65_HS1-834228961_62-HQ-83894_Section_6
Agency: FBI
Page 253
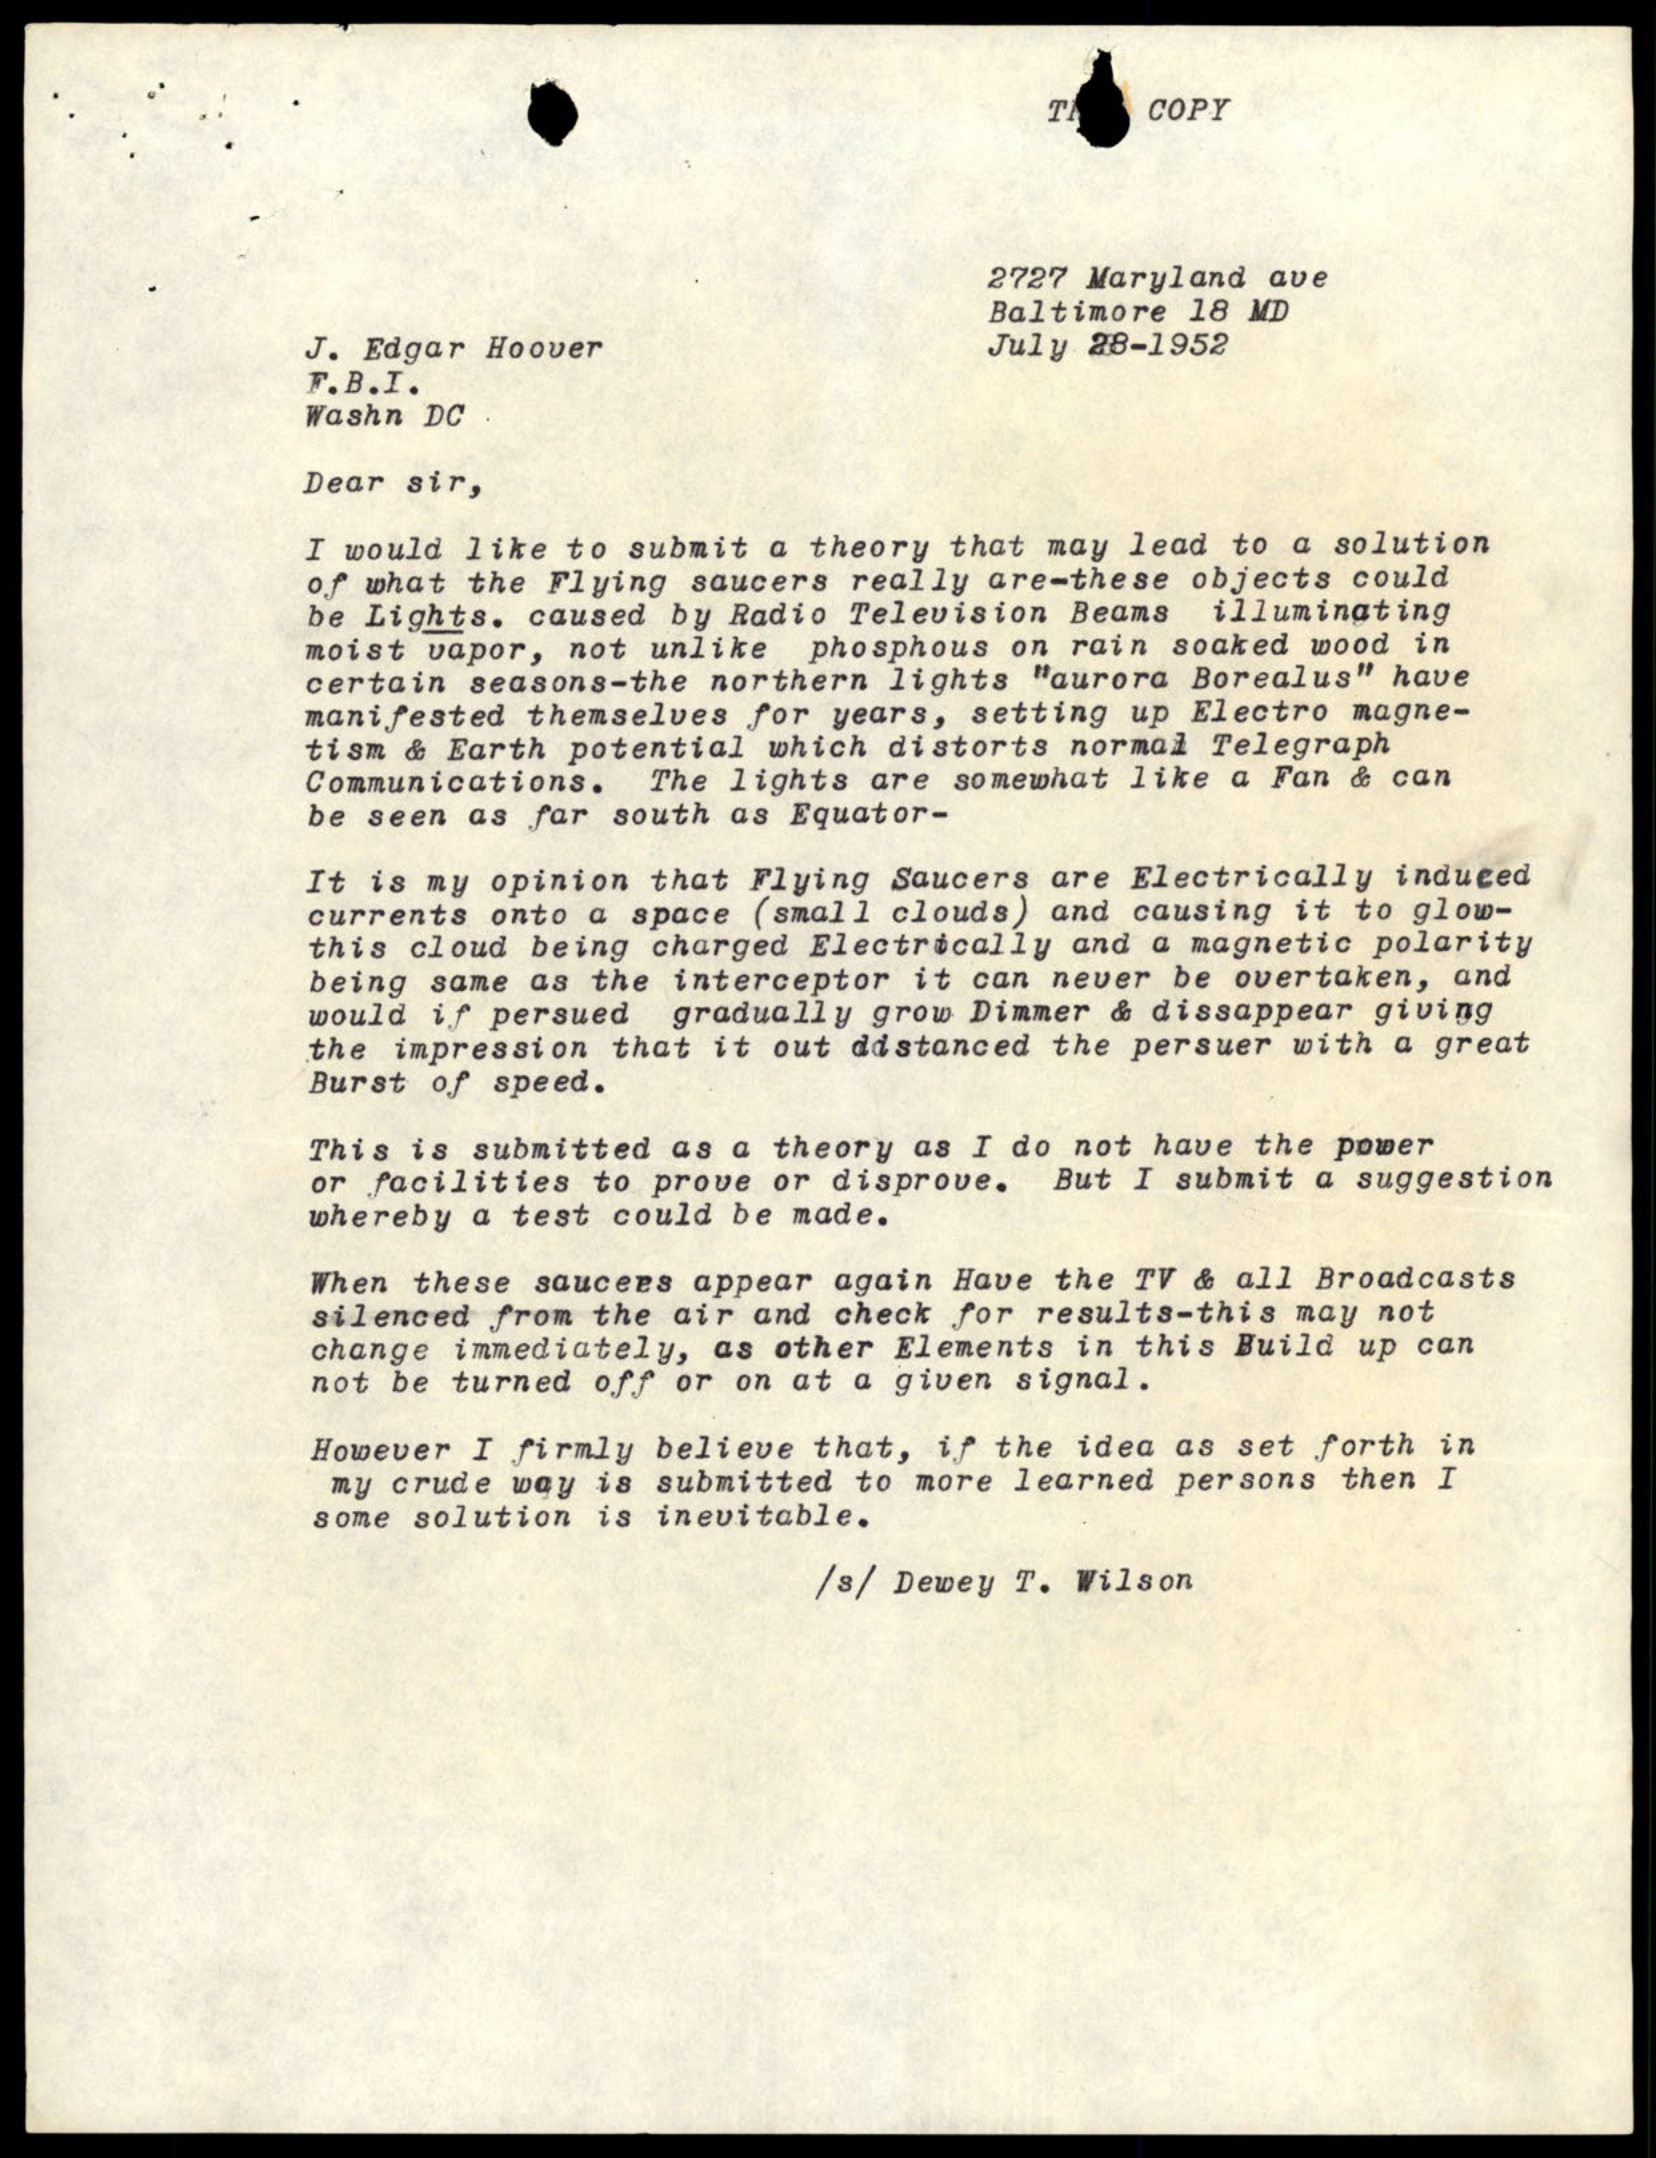